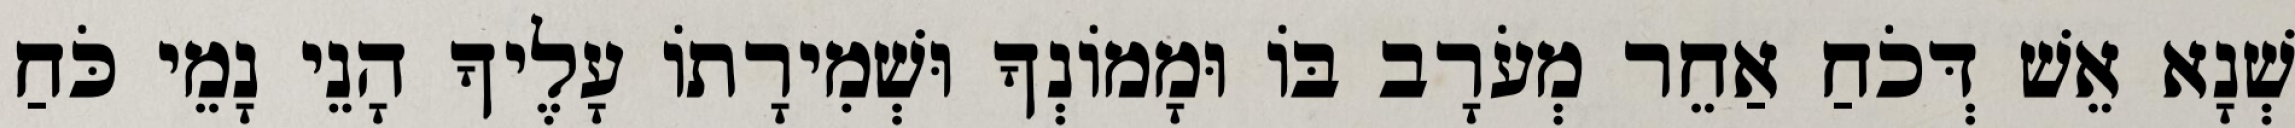
שְׁנָא אֵשׁ דְּכֹחַ אַחֵר מְעֹרָב בּוֹ וּמָמוֹנְךָ וּשְׁמִירָתוֹ עָלֶיךָ הָנֵי נָמֵי כֹּחַ